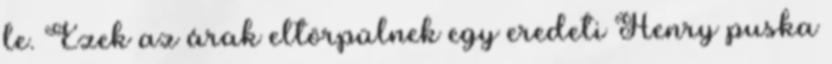
le. Ezek az árak eltörpülnek egy eredeti Henry puska